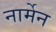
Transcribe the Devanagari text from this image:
नार्मेन